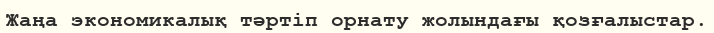
Жаңа экономикалық тәртіп орнату жолындағы қозғалыстар.